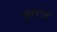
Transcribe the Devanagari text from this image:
तारज